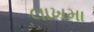
લાખમા